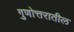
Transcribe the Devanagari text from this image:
गुणोत्तरातील